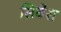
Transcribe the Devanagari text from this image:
सिबेस